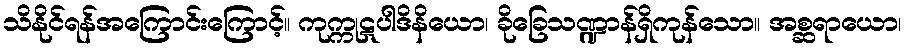
သိနိုင်ရန်အကြောင်းကြောင့်။ ကုက္ကုဋပါဒိနိယော၊ ခိုခြေသဏ္ဍာန်ရှိကုန်သော။ အစ္ဆရာယော၊